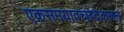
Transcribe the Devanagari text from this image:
एकसमयावच्छेदेकरून